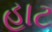
હાટ